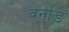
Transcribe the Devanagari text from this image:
वर्नाड